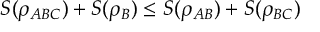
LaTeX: S ( \rho _ { A B C } ) + S ( \rho _ { B } ) \leq S ( \rho _ { A B } ) + S ( \rho _ { B C } )